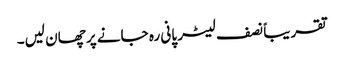
تقریباً نصف لیٹر پانی رہ جانے پر چھان لیں۔